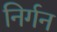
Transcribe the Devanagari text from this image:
निर्गन